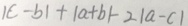
\vert c - b \vert + \vert a + b \vert - 2 \vert a - c \vert